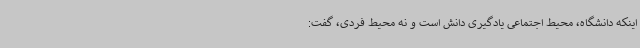
اینکه دانشگاه، محیط اجتماعی یادگیری دانش است و نه محیط فردی، گفت: